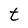
Character: t